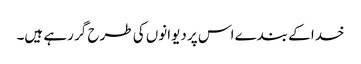
خدا کے بندے اس پر دیوانوں کی طرح گر رہے ہیں۔